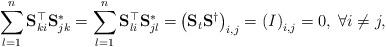
LaTeX: \begin{align*}\sum_{l = 1}^{n} \mathbf{S}^{\top}_{ki} \mathbf{S}^{*}_{jk} = \sum_{l = 1}^{n} \mathbf{S}^{\top}_{li} \mathbf{S}^{*}_{jl} = & \left(\mathbf{S}_t\mathbf{S}^{\dagger}\right)_{i,j} = \left(I\right)_{i,j} = 0, \; \forall i \neq j ,\end{align*}